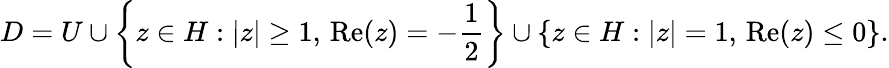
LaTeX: D=U\cup\left\{ z\in H:\left|z\right|\geq 1,\, {\mathrm{Re}}(z)=-{\frac{1}{2}}\right\} \cup\left\{ z\in H:\left|z\right|=1,\, {\mathrm{Re}}(z)\leq 0\right\} .